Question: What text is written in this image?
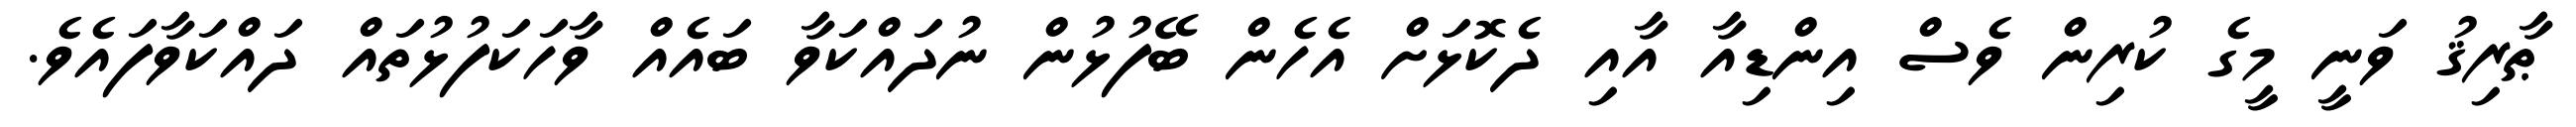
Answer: ޠާރިޤު ވަނީ މީގެ ކުރިން ވެސް އިންޑިއާ އާއި ދެކޮޅަށް އެހެން ބޭފުޅުން ނުދައްކަވާ ބައެއް ވާހަކަފުޅުތައް ދައްކަވާފައެވެ.